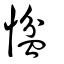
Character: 𢞂